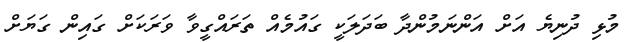
މުޅި ދުނިޔެ އަށް އަންނަމުންދާ ބަދަލަކީ ގައުމެއް ތަރައްގީވާ ވަރަކަށް ގައިން ގަޔަށް